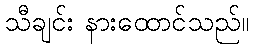
သီချင်း နားထောင်သည်။